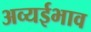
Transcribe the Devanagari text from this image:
अव्यईभाव